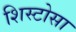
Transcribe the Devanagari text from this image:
शिस्टोसा